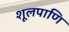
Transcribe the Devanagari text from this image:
शूलपाणि